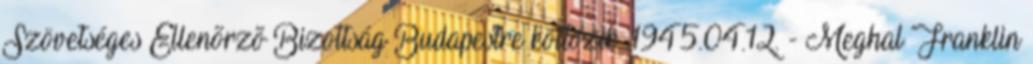
Szövetséges Ellenõrzõ Bizottság Budapestre költözik. 1945.04.12. - Meghal Franklin